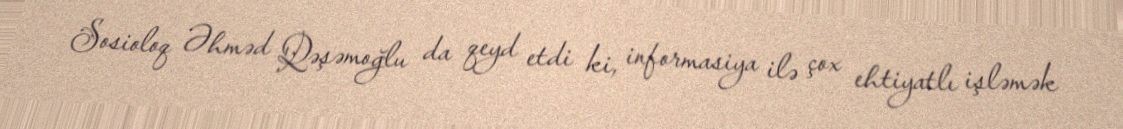
Sosioloq Əhməd Qəşəmoğlu da qeyd etdi ki, informasiya ilə çox ehtiyatlı işləmək